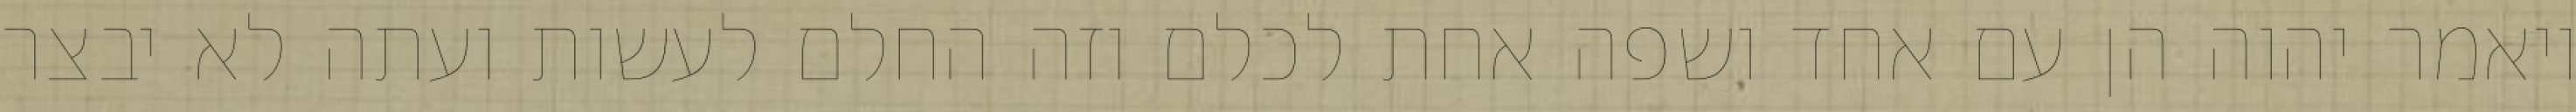
ויאמר יהוה הן עם אחד ושפה אחת לכלם וזה החלם לעשות ועתה לא יבצר